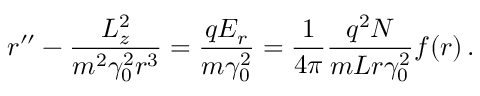
r ^ { \prime \prime } - \frac { L _ { z } ^ { 2 } } { m ^ { 2 } \gamma _ { 0 } ^ { 2 } r ^ { 3 } } = \frac { q E _ { r } } { m \gamma _ { 0 } ^ { 2 } } = \frac { 1 } { 4 \pi } \frac { q ^ { 2 } N } { m L r \gamma _ { 0 } ^ { 2 } } f ( r ) \, .